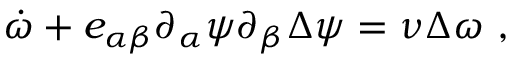
\dot { \omega } + e _ { \alpha \beta } \partial _ { \alpha } \psi \partial _ { \beta } \Delta \psi = \nu \Delta \omega \ ,